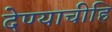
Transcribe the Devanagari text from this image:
देण्याचीहि